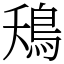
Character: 鴁